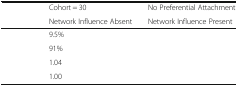
<table><thead><tr><td rowspan="2">[EMPTY_CELL]</td><td><b>Cohort = 30</b></td><td><b>No Preferential Attachment</b></td></tr><tr><td><b>Network Influence Absent</b></td><td><b>Network Influence Present</b></td></tr></thead><tbody><tr><td>[EMPTY_CELL]</td><td>9.5%</td><td>[EMPTY_CELL]</td></tr><tr><td>[EMPTY_CELL]</td><td>91%</td><td>[EMPTY_CELL]</td></tr><tr><td>[EMPTY_CELL]</td><td>1.04</td><td>[EMPTY_CELL]</td></tr><tr><td>[EMPTY_CELL]</td><td>1.00</td><td>[EMPTY_CELL]</td></tr></tbody></table>